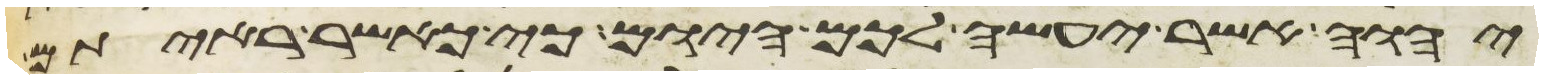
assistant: יהוה אשר יעשה לכם היום כי כאשר ראיתם